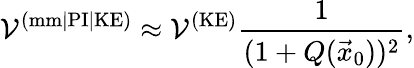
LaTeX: \mathcal{V}^{(\textrm{mm|PI|KE})}\approx\mathcal{V}^{(\textrm{KE})}\frac{1}{(1+Q(\vec{x}_{0}))^{2}},